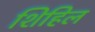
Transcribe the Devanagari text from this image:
शिहिल